Annual report of the Imperial Bacteriologist
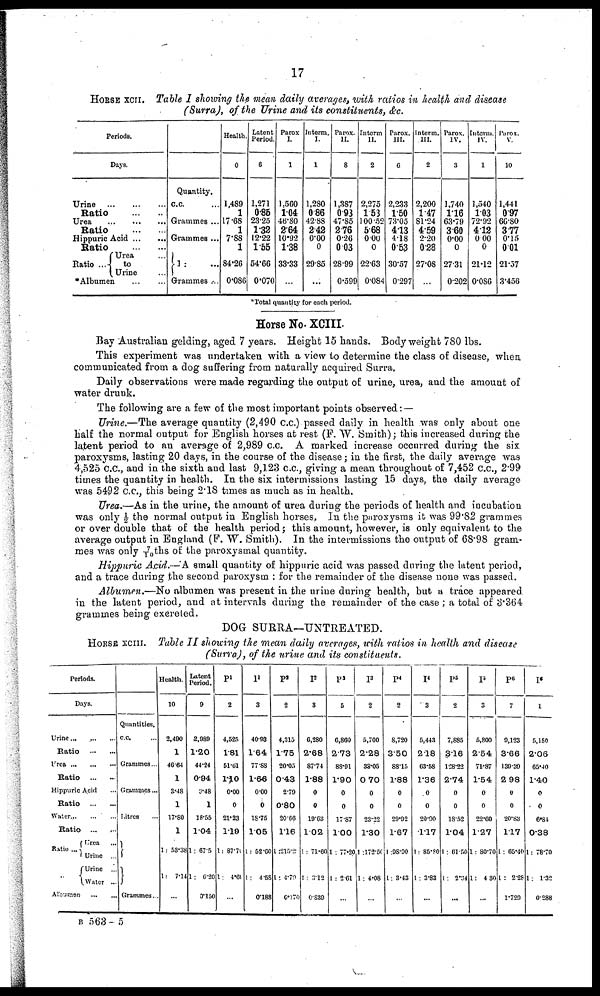
17
HORSE XCII. Table I showing the mean daily averages, with ratios in health and disease
(Surra), of the Urine and its constituents, &c.
Periods.
Days.
Urine
Ratio
Urea
Ratio
Hippuric Acid
Ratio
Urea
Ratio ... { to
Urine
*Albumen
Quantity.
c.c.
Grammes ...
Grammes ...
}1:
Grammes ...
Health.
0
1,489
1
17.68
1
7.88
1
84.26
0.086
Latent
Period.
6
1,271
0.85
23.25
1.32
12.22
1.55
54.66
0.070
Parox
I.
1
1,560
1.04
46.80
2.64
10.92
1.38
33.33
...
Interm.
I.
1
1,280
0.86
42.88
2.42
0.00
0
29.85
...
Parox.
II.
8
1,387
0.93
47.85
2.76
0.26
0.03
28.99
0.599
Interm
II.
2
2,275
1.53
100.52
5.68
0.00
0
22.63
0.084
Parox.
III.
6
2,233
1.50
73.05
4.13
4.18
0.53
30.57
0.297
Interm.
III.
2
2,200
1.47
81.24
4.59
2.20
0.28
27.08
...
Parox.
IV.
3
1,740
1.16
63.79
3.60
0.00
0
27.31
0.202
Interm.
IV,
1
1,540
1.03
72.92
4.12
0.00
0
21.12
0.086
Purox.
V.
10
1,441
0.97
66.80
3.77
0.15
0.01
21.57
3.456
*Total quantity for each period.
Horse No. XCIII.
Bay Australian gelding, aged 7 years. Height 15 hands. Body weight 780 lbs.
This experiment was undertaken with a view to determine the class of disease, when
communicated from a dog suffering from naturally acquired Surra.
Daily observations were made regarding the output of urine, urea, and the amount of
water drunk.
The following are a few of the most important points observed: —
Urine.—The average quantity (2,490 c.c.) passed daily in health was only about one
half the normal output for English horses at rest (F. W. Smith); this increased during the
latent period to an average of 2,989 c.c. A marked increase occurred during the six
paroxysms, lasting 20 days, in the course of the disease; in the first, the daily average was
4,525 c.c., and in the sixth and last 9,123 c.c., giving a mean throughout of 7,452 c.c., 2.99
times the quantity in health. In the six intermissions lasting 15 days, the daily average
was 5492 c.c., this being 2.18 times as much as in health.
Urea.—As in the urine, the amount of urea during the periods of health and incubation
was only ½ the normal output in English horses, In the paroxysms it was 99.82 grammes
or over double that of the health period; this amount, however, is only equivalent to the
average output in England (F. W. Smith). In the intermissions the output of 68.98 gram-
mes was only 7/10ths of the paroxysmal quantity.
Hippuric Acid.—A small quantity of hippuric acid was passed during the latent period,
and a trace during the second paroxysm : for the remainder of the disease none was passed.
Albumen.—No albumen was present in the urine during health, but a trace appeared
in the latent period, and at intervals during the remainder of the case; a total of 3.364
grammes being excreted.
DOG SURRA—UNTREATED.
HORSE XCIII. Table II showing the mean daily averages, with ratios in health and disease
(Surra), of the urine and its constituents.
Periods.
Days.
Urine...
Ratio
Urea
Ratio
Hippuric Acid
Ratio
Water
Ratio
{Urea
Ratio ...{Urine ...
{ Urine ...
Water ...
Albumen
Quantities.
c.c.
Grammes...
Grammes...
Litres
}
Grammes...
Health.
10
2,490
1
46.64
1
3.48
1
17.80
1
1: 53.38
1: 7.14
...
Latent
Period.
9
2,989
1.20
44.24
0.94
3.48
1
18.55
1.04
1: 67.5
1 : 6.20
0.150
P 1
2
4,525
1.81
51.61
1.10
0.00
0
21.23
1.19
1: 87.70
1: 4.69
I 1
3
40.93
1.64
77.88
1.66
0.00
0
18.75
1.05
l: 52.60
1 : 4.58
0.188
P 2
2
4,315
1.75
20.05
0.43
2.79
0.80
20.66
1.16
1:215.2
1: 4.79
0.170
I 2
3
6,280
2.68
87.74
1.88
0
0
19.63
1.02
1: 71.60
1 : 3.12
0.830
P 3
5
6,860
2.73
88.91
1.90
0
0
17.87
1.00
1 : 77.20
1 : 2.61
...
I 3
2
5,700
2.28
33.05
0 .70
0
0
23.22
1.30
1:172.50
1: 4.08
P 4
2
8,720
3.50
88.15
1.88
0
0
20.92
1.67
1:98.90
1: 3.43
...
I 4
3
5,443
2.18
63.58
1.36
0
0
20.90
1.17
1: 85.80
1: 3.83
P 5
2
7,885
3.16
128.22
2.74
0
0
18.52
1.04
1 : 61.50
1: 2.34
...
I 5
3
5,800
2.54
71.87
1.54
0
0
22.60
1.27
1: 80.70
1: 4 30
...
P 6
7
9,123
3.66
139.39
2.98
0
0
20.83
1.17
1 : 65.40
1 : 2.28
1.729
I 6
1
5,150
2.06
65.40
1.40
0
0
6.84
0.38
1: 78.70
1: 1.32
0.288
B563-5